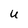
Character: U